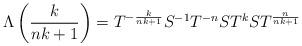
LaTeX: \begin{align*}\Lambda \left( \frac{k}{nk+1}\right) =T^{-\frac{k}{nk+1}}S^{-1}T^{-n}ST^{k}ST^{\frac{n}{nk+1}}\end{align*}